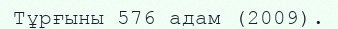
Тұрғыны 576 адам (2009).